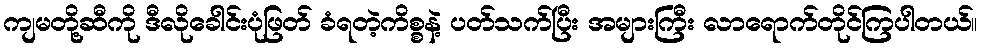
ကျမတို့ဆီကို ဒီလိုခေါင်းပုံဖြတ် ခံရတဲ့ကိစ္စနဲ့ ပတ်သက်ပြီး အများကြီး လာရောက်တိုင်ကြပါတယ်။